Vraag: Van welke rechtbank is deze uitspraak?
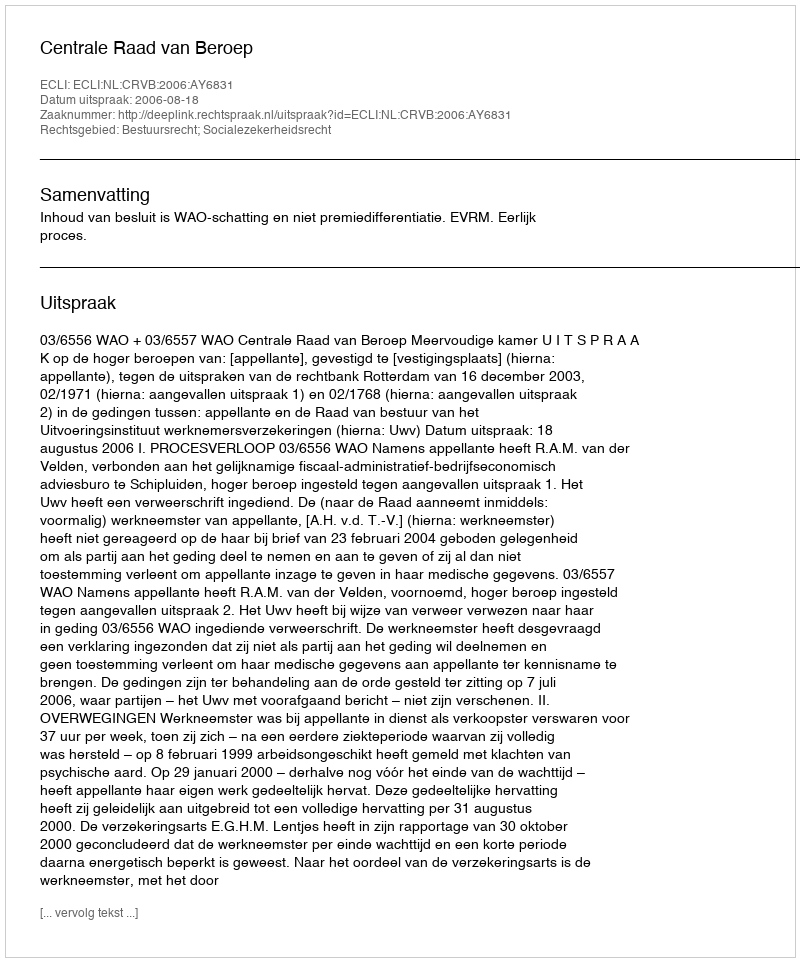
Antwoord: Centrale Raad van Beroep